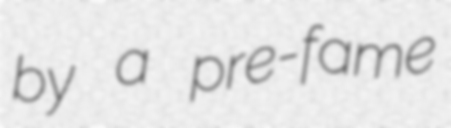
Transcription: by a pre-fame